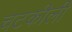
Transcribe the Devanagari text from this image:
चटकीली